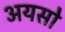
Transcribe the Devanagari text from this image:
अयसो